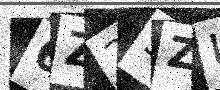
Text: 6Z23ZU